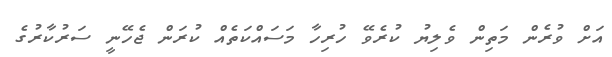
އަށް ވުރެން މަތިން ވެލިޔު ކުރެވޭ ހުރިހާ މަސައްކަތެއް ކުރަން ޖެހޭނީ ސަރުކާރުގެ